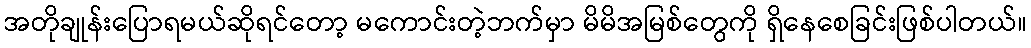
အတိုချုန်းပြောရမယ်ဆိုရင်တော့ မကောင်းတဲ့ဘက်မှာ မိမိအမြစ်တွေကို ရှိနေစေခြင်းဖြစ်ပါတယ်။